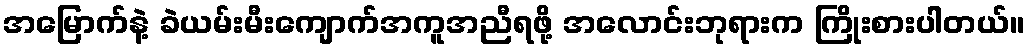
အမြောက်နဲ့ ခဲယမ်းမီးကျောက်အကူအညီရဖို့ အလောင်းဘုရားက ကြိုးစားပါတယ်။